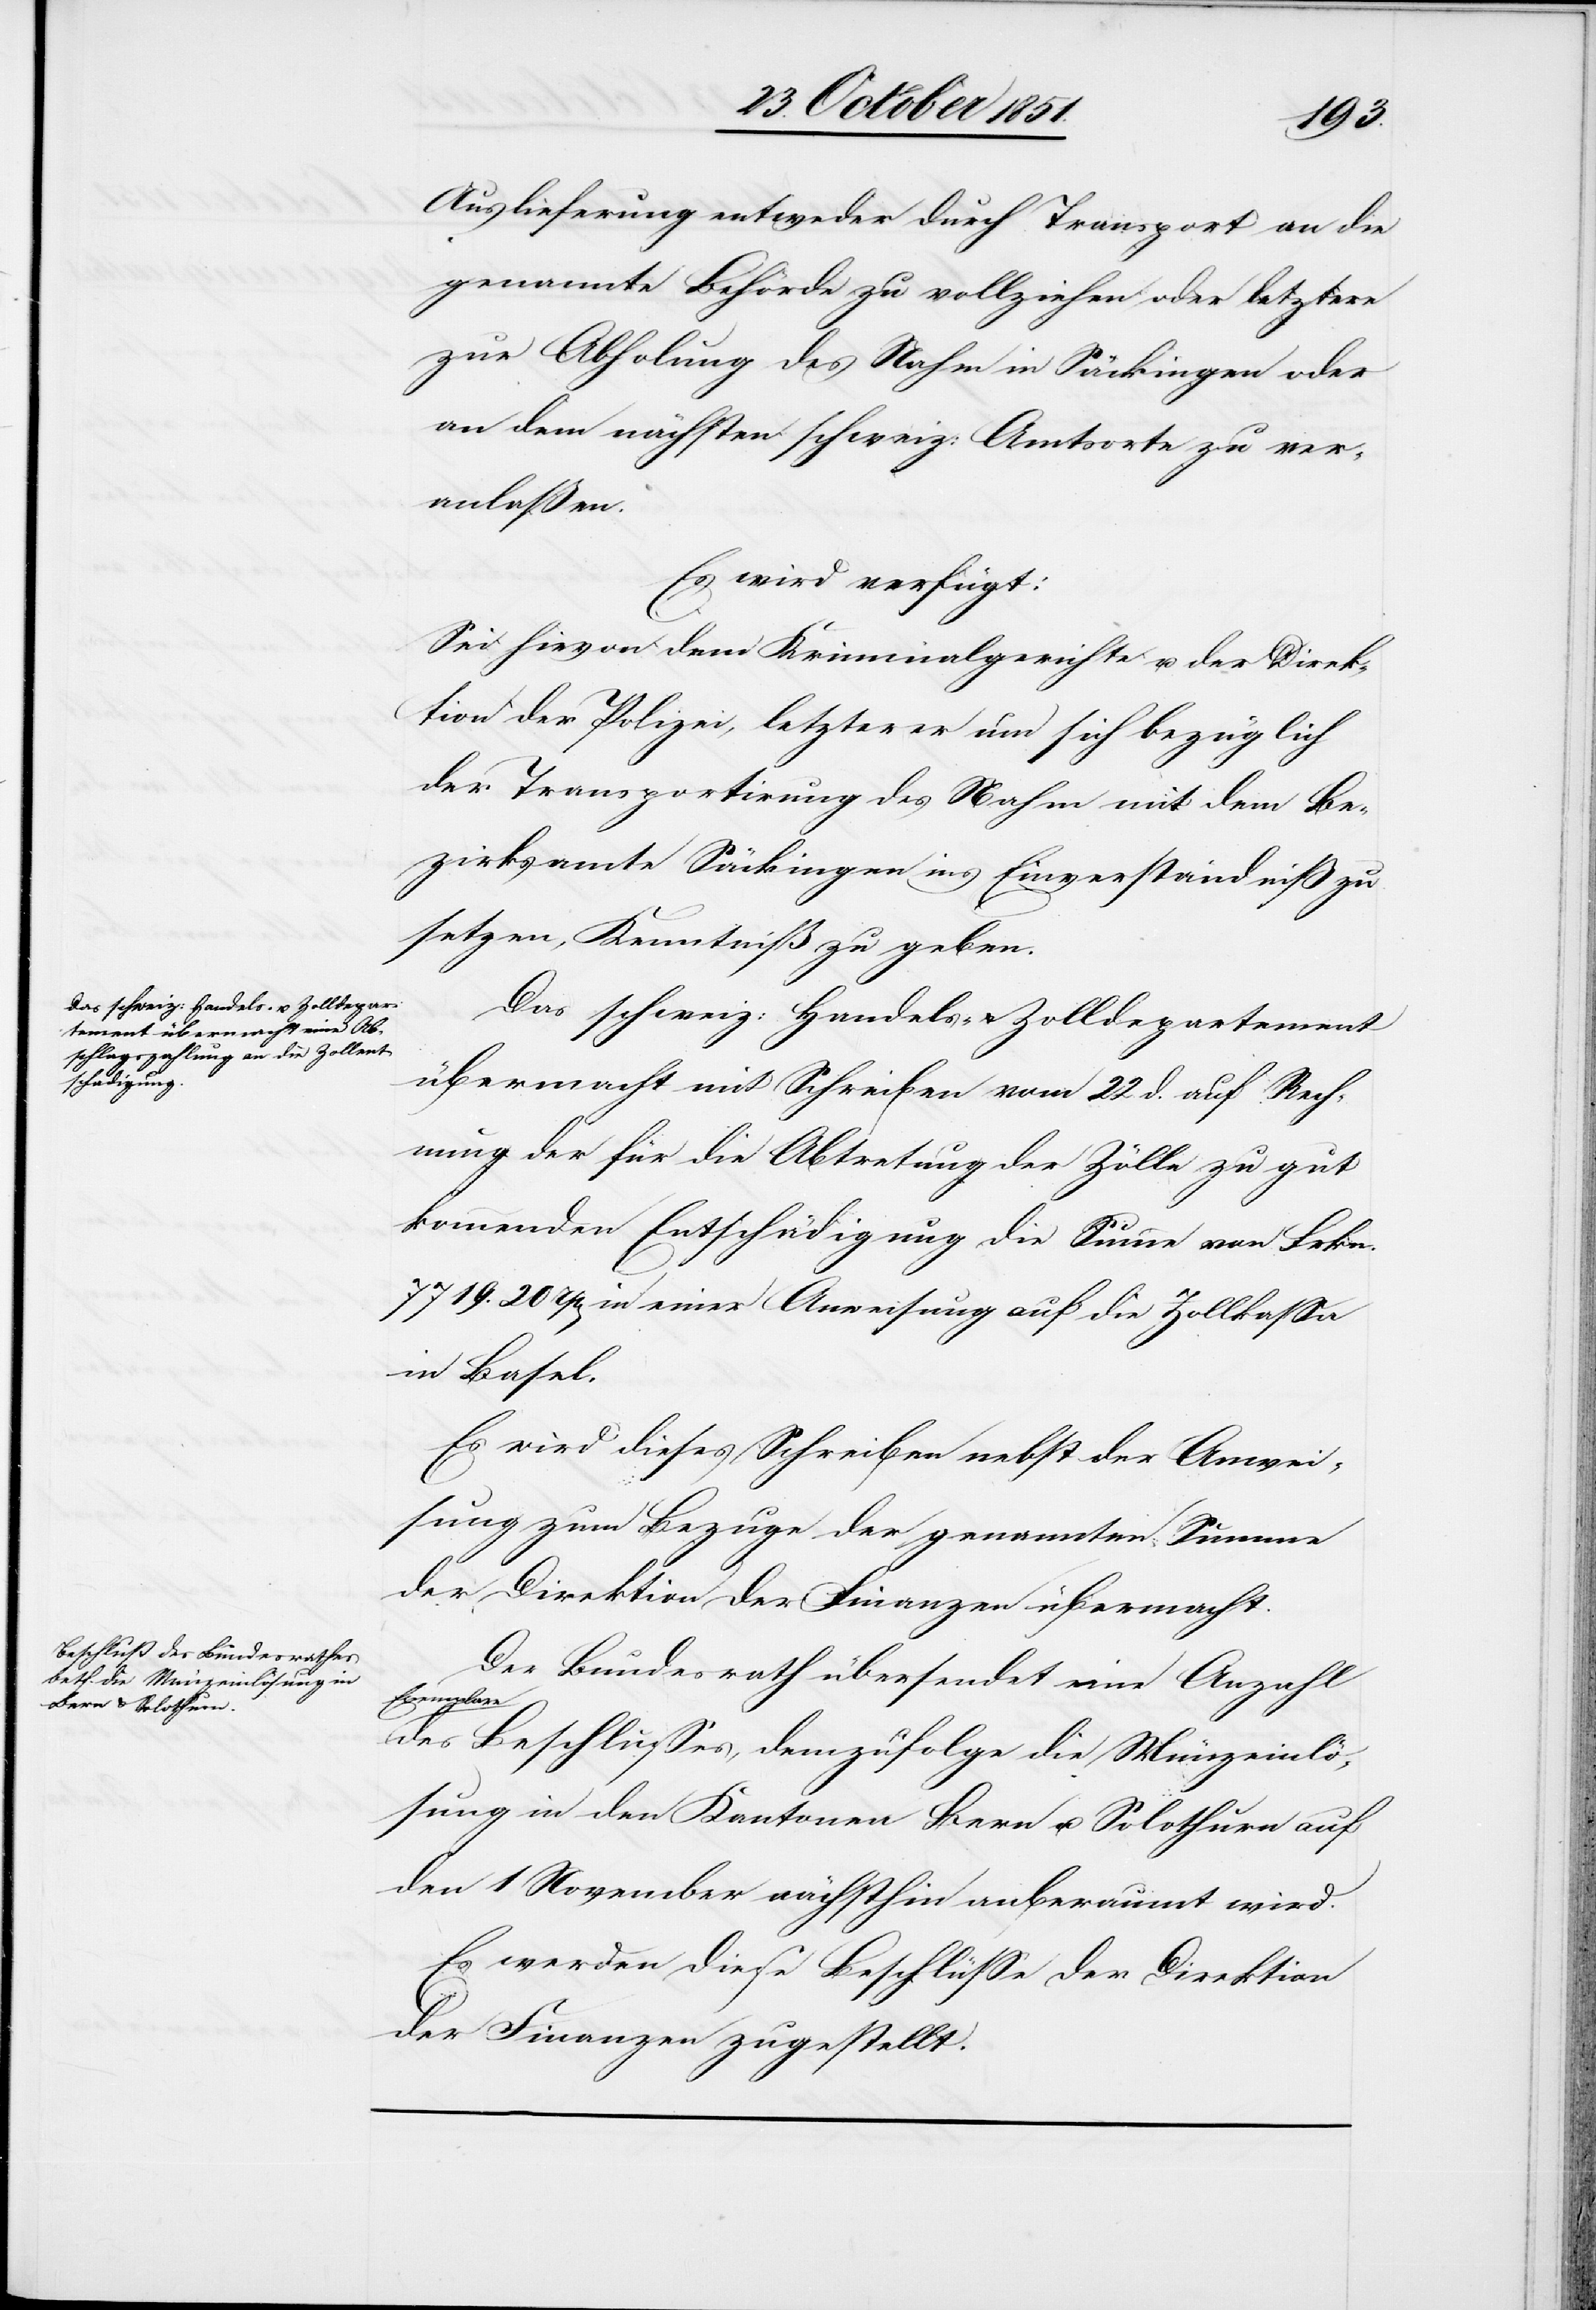
24. October 1851.]
Auslieferung entweder durch Transport an die
genannte Behörde zu vollziehen oder letztere
zur Abholung des Nahm in Säckingen oder
an dem nächsten schweiz: Amtsorte zu ver¬
anlaßen.
Es wird verfügt:
Sei hievon dem Kriminalgerichte u. der Direk¬
tion der Polizei, letzterer um sich bezüglich
der Transportirung des Nahm mit dem Be¬
zirksamte Säckingen ins Einverständniß zu
setzen, Kenntniß zu geben.
Das schweiz: Handels- & Zolldepartement
übermacht mit Schreiben vom 22 d. auf Rech¬
nung der für die Abtretung der Zölle zu gut
kommenden Entschädigung die Summe von Frkn.
7719. 20 rp[en] in einer Anweisung auf die Zollkassa
in Basel.
Es wird dieses Schreiben nebst der Anwei¬
sung zum Bezuge der genannten Summe
der Direktion der Finanzen übermacht.
Der Bundesrath übersendet eine Anzahl
Exemplare
des Beschlusses, demzufolge die Münzeinlö¬
sung in den Kantonen Bern u. Solothurn auf
den 1 November nächsthin anberaumt wird.
Es werden diese Beschlüsse der Direktion
der Finanzen zugestellt.